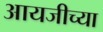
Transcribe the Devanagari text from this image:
आयजीच्या